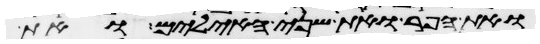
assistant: ואת הפר ואת שני האילים ואת